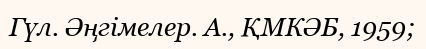
Гүл. Әңгімелер. А., ҚМКӘБ, 1959;